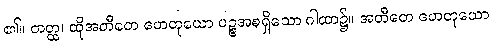
၏။ တတ္ထ၊ ထိုအတီတေ ဟေတုယော ပဉ္စအစရှိသော ဂါထာ၌။ အတီတေ ဟေတုယော